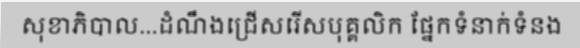
សុខាភិបាល...ដំណឹងជ្រើសរើសបុគ្គលិក ផ្នែកទំនាក់ទំនង